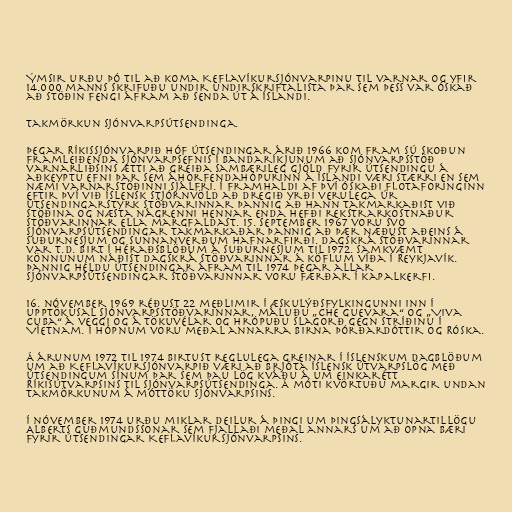
Ýmsir urðu þó til að koma Keflavíkursjónvarpinu til varnar og yfir
14.000 manns skrifuðu undir undirskriftalista þar sem þess var óskað
að stöðin fengi áfram að senda út á Íslandi.

Takmörkun sjónvarpsútsendinga.

Þegar Ríkissjónvarpið hóf útsendingar árið 1966 kom fram sú skoðun
framleiðenda sjónvarpsefnis í Bandaríkjunum að sjónvarpsstöð
varnarliðsins ætti að greiða sambærileg gjöld fyrir útsendingu á
aðkeyptu efni þar sem áhorfendahópurinn á Íslandi væri stærri en sem
næmi varnarstöðinni sjálfri. Í framhaldi af því óskaði flotaforinginn
eftir því við íslensk stjórnvöld að dregið yrði verulega úr
útsendingarstyrk stöðvarinnar þannig að hann takmarkaðist við
stöðina og næsta nágrenni hennar enda hefði rekstrarkostnaður
stöðvarinnar ella margfaldast. 15. september 1967 voru svo
sjónvarpsútsendingar takmarkaðar þannig að þær næðust aðeins á
Suðurnesjum og sunnanverðum Hafnarfirði. Dagskrá stöðvarinnar
var t.d. birt í héraðsblöðum á Suðurnesjum til 1972. Samkvæmt
könnunum náðist dagskrá stöðvarinnar á köflum víða í Reykjavík.
Þannig héldu útsendingar áfram til 1974 þegar allar
sjónvarpsútsendingar stöðvarinnar voru færðar í kapalkerfi.

16. nóvember 1969 réðust 22 meðlimir í Æskulýðsfylkingunni inn í
upptökusal sjónvarpsstöðvarinnar, máluðu „Che Guevara“ og „Viva
Cuba“ á veggi og á tökuvélar og hrópuðu slagorð gegn stríðinu í
Víetnam. Í hópnum voru meðal annarra Birna Þórðardóttir og Róska.

Á árunum 1972 til 1974 birtust reglulega greinar í íslenskum dagblöðum
um að Keflavíkursjónvarpið væri að brjóta íslensk útvarpslög með
útsendingum sínum þar sem þau lög kváðu á um einkarétt
Ríkisútvarpsins til sjónvarpsútsendinga. Á móti kvörtuðu margir undan
takmörkunum á móttöku sjónvarpsins.

Í nóvember 1974 urðu miklar deilur á þingi um þingsályktunartillögu
Alberts Guðmundssonar sem fjallaði meðal annars um að opna bæri
fyrir útsendingar Keflavíkursjónvarpsins.